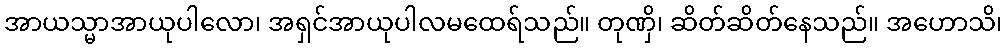
အာယသ္မာအာယုပါလော၊ အရှင်အာယုပါလမထေရ်သည်။ တုဏှိ၊ ဆိတ်ဆိတ်နေသည်။ အဟောသိ၊